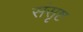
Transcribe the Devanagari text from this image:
संसृष्ट